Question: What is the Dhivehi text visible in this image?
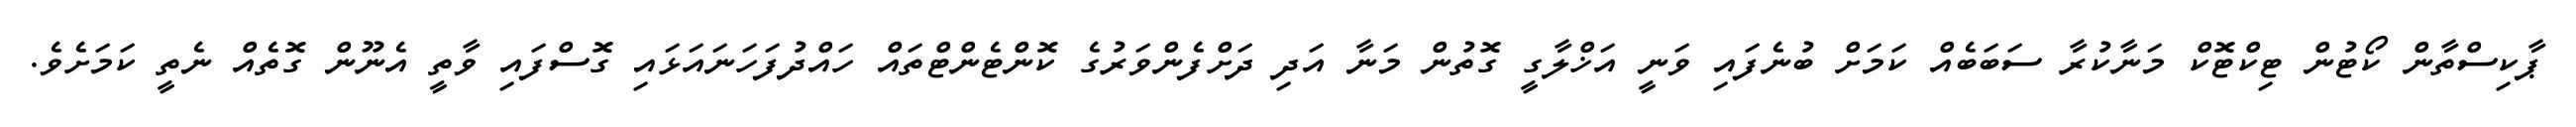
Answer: ޕާކިސްތާން ކޯޓުން ޓިކްޓޮކް މަނާކުރާ ސަބަބެއް ކަމަށް ބުނެފައި ވަނީ އަޚްލާގީ ގޮތުން މަނާ އަދި ދަށްފެންވަރުގެ ކޮންޓެންޓްތައް ހައްދުފަހަނައަޅައި ގޮސްފައި ވާތީ އެނޫން ގޮތެއް ނެތީ ކަމަށެވެ.